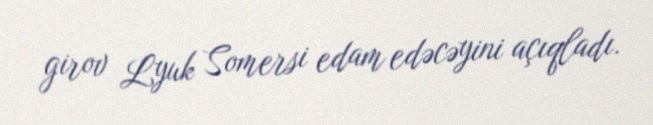
girov Lyuk Somersi edam edəcəyini açıqladı.